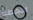
للخطة